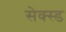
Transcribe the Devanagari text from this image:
सेक्स्ड